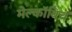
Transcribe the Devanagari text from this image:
मेल्काॅविच